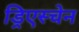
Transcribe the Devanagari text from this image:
ड्रिएस्चेन